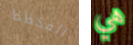
المخطط هي